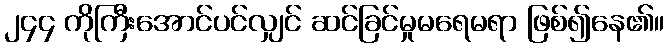
၂၄၄ ကိုကြီးအောင်ပင်လျှင် ဆင်ခြင်မှုမရေမရာ ဖြစ်၍နေ၏။